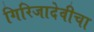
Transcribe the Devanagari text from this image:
गिरिजादेवीचा